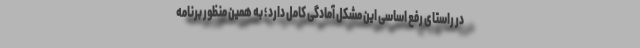
در راستای رفع اساسی این مشکل آمادگی کامل دارد ؛ به همین منظور برنامه